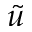
\tilde { u }